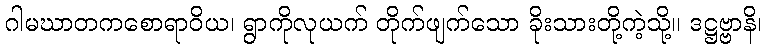
ဂါမဃာတကစောရာဝိယ၊ ရွာကိုလုယက် တိုက်ဖျက်သော ခိုးသားတို့ကဲ့သို့။ ဒဋ္ဌဗ္ဗာနိ၊